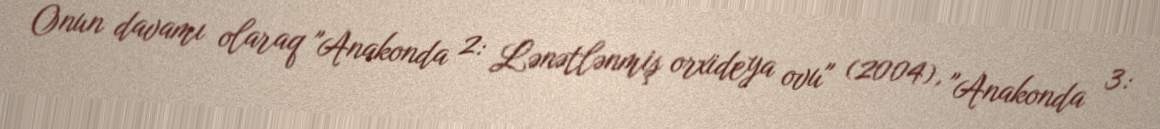
Onun davamı olaraq "Anakonda 2: Lənətlənmiş orxideya ovu" (2004), "Anakonda 3: